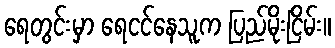
ရေတွင်းမှာ ရေငင်နေသူက ပြည်မိုးငြိမ်း။